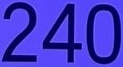
240